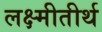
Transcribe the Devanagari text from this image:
लक्ष्मीतीर्थ